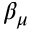
\beta _ { \mu }